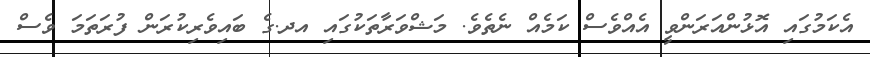
އެކަމުގައި އޮޅުންއަރަންވީ އެއްވެސް ކަމެއް ނެތެވެ. މަޝްވަރާތަކުގައި އދ.ގެ ބައިވެރިކުރަން ފުރަތަމަ ވެސް